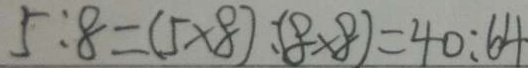
5 : 8 = ( 5 \times 8 ) : ( 8 \times 8 ) = 4 0 : 6 4